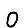
Digit: 0